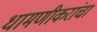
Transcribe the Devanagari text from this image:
धामणीकरांचा